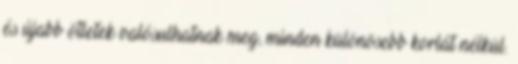
és újabb ötletek valósulhatnak meg, minden különösebb korlát nélkül.